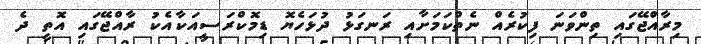
މިރާއްޖޭގައި ތިންވަނަ ފިކުރެއް ނެތްކަމަށާއި ރަނގަޅު ދުޅަހެޔޮ ޑިމޮކްރަސީއަކާއެކު ރާއްޖޭގައި އޮތީ ދެ